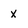
Character: x